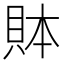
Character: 𲂪